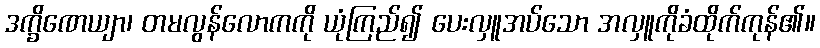
ဒက္ခိဏေယျာ၊ တမလွန်လောကကို ယုံကြည်၍ ပေးလှူအပ်သော အလှူကိုခံထိုက်ကုန်၏။